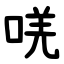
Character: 唴